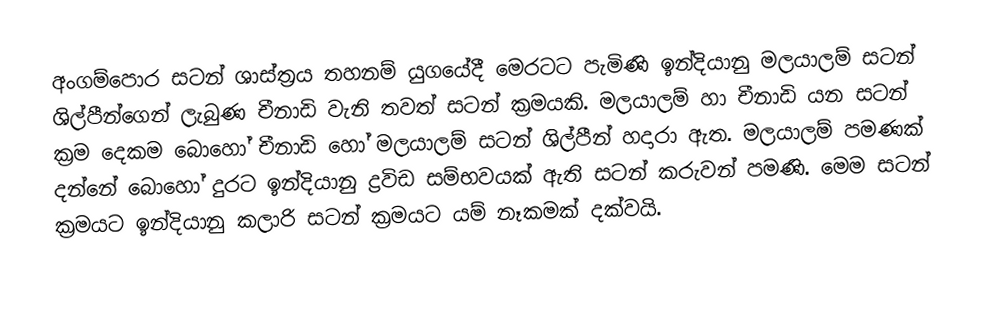
අංගම්පොර සටන් ශාස්ත්‍රය තහනම් යුගයේදී මෙරටට පැමිණි ඉන්දියානු මලයාලම් සටන් ශිල්පීන්ගෙන් ලැබුණ චීනාඩි වැනි තවත් සටන් ක්‍රමයකි. මලයාලම් හා චීනාඩි යන සටන් ක්‍රම දෙකම බොහෝ චීනාඩි හෝ මලයාලම් සටන් ශිල්පීන් හදාරා ඇත. මලයාලම් පමණක් දන්නේ බොහෝ දුරට ඉන්දියානු ද්‍රවිඩ සම්භවයක් ඇති සටන් කරුවන් පමණි. මෙම සටන් ක්‍රමයට ඉන්දියානු කලාරි සටන් ක්‍රමයට යම් නෑකමක් දක්වයි.